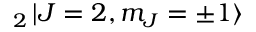
_ { 2 } \mathinner { | { J = 2 , m _ { J } = \pm 1 } \rangle }